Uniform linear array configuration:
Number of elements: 8
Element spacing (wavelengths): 0.25
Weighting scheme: cosine
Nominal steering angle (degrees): -45
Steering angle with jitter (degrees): -45.062
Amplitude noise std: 0.05
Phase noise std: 0.05

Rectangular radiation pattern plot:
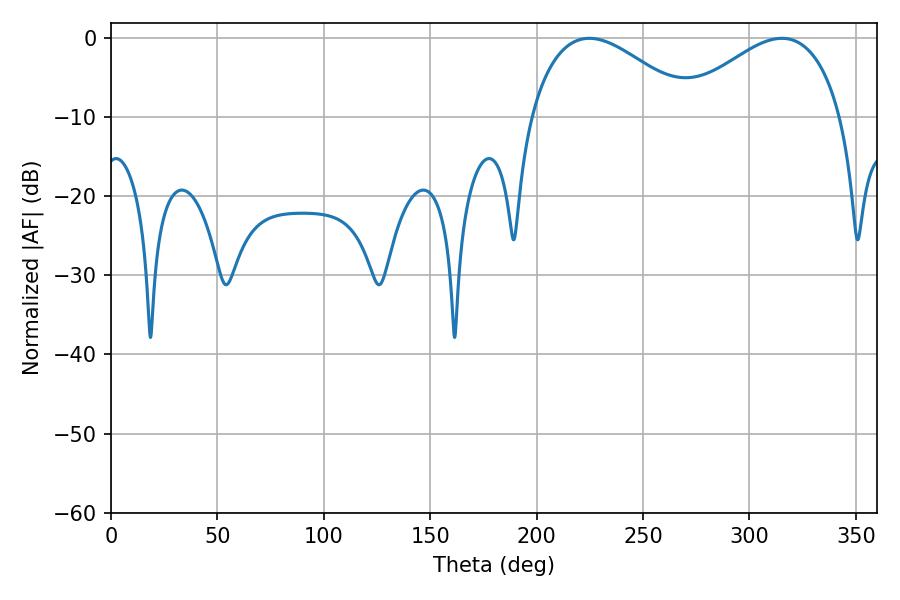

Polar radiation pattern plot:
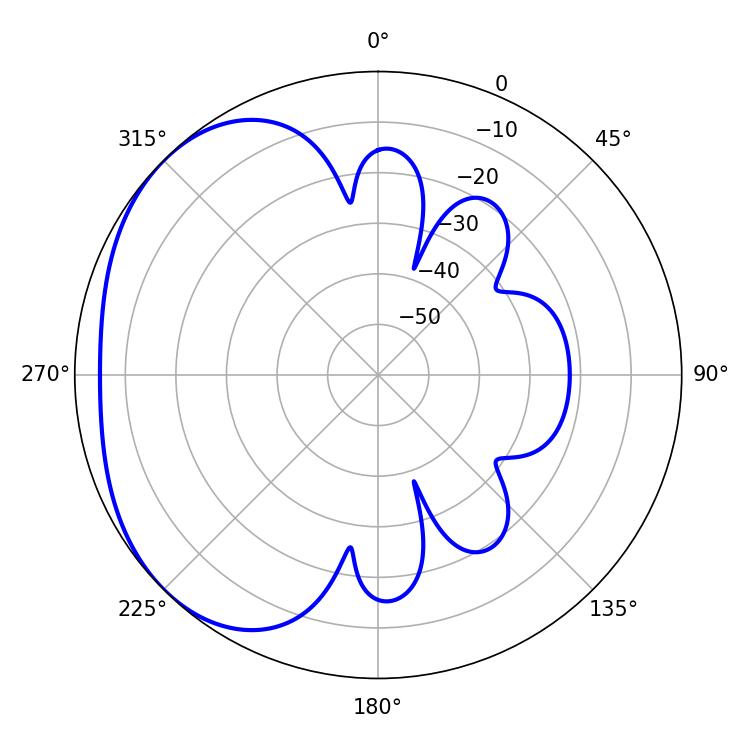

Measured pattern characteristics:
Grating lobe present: FALSE
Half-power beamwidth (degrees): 41.76
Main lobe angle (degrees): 224.82